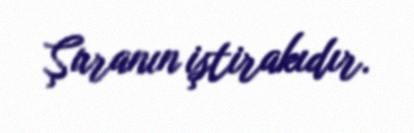
Şuranın iştirakıdır.